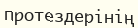
протездерінің